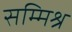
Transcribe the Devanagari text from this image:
सम्‍मिश्र